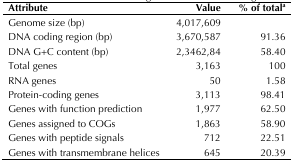
| Attribute | Value | % of totala |
 | --- | --- | --- |
 | Genome size (bp) | 4,017,609 |  |
 | DNA coding region (bp) | 3,670,587 | 91.36 |
 | DNA G+C content (bp) | 2,3462,84 | 58.40 |
 | Total genes | 3,163 | 100 |
 | RNA genes | 50 | 1.58 |
 | Protein-coding genes | 3,113 | 98.41 |
 | Genes with function prediction | 1,977 | 62.50 |
 | Genes assigned to COGs | 1,863 | 58.90 |
 | Genes with peptide signals | 712 | 22.51 |
 | Genes with transmembrane helices | 645 | 20.39 |